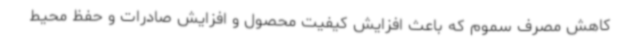
کاهش مصرف سموم که باعث افزایش کیفیت محصول و افزایش صادرات و حفظ محیط